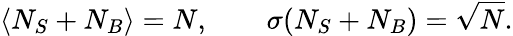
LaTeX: \left<N_{S}+N_{B}\right>=N,\qquad\sigma(N_{S}+N_{B})=\sqrt{N}.